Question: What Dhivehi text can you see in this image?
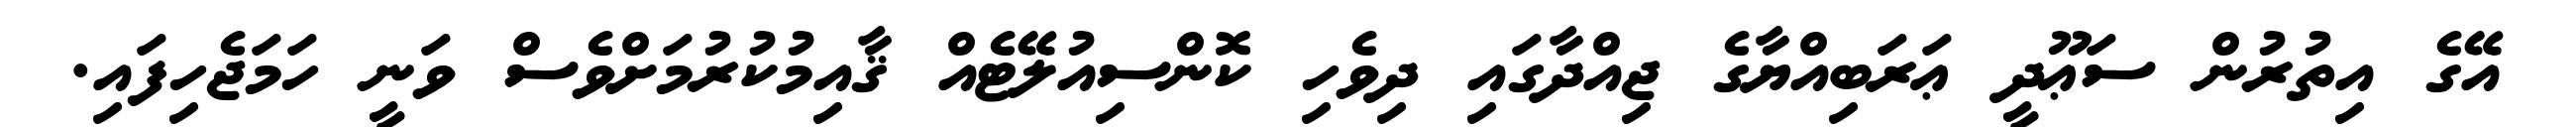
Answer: އޭގެ އިތުރުން ސަޢޫދީ ޢަރަބިއްޔާގެ ޖިއްދާގައި ދިވެހި ކޮންސިއުލޭޓެއް ޤާއިމުކުރުމަށްވެސް ވަނީ ހަމަޖެހިފައި.